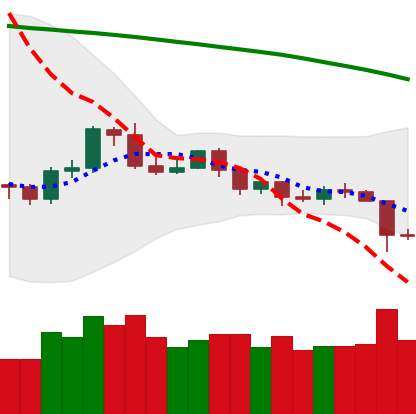
Ticker: ETH-USD
Chart end date: 2019-10-24
Forward return: 17.373%
Label: up_7plus